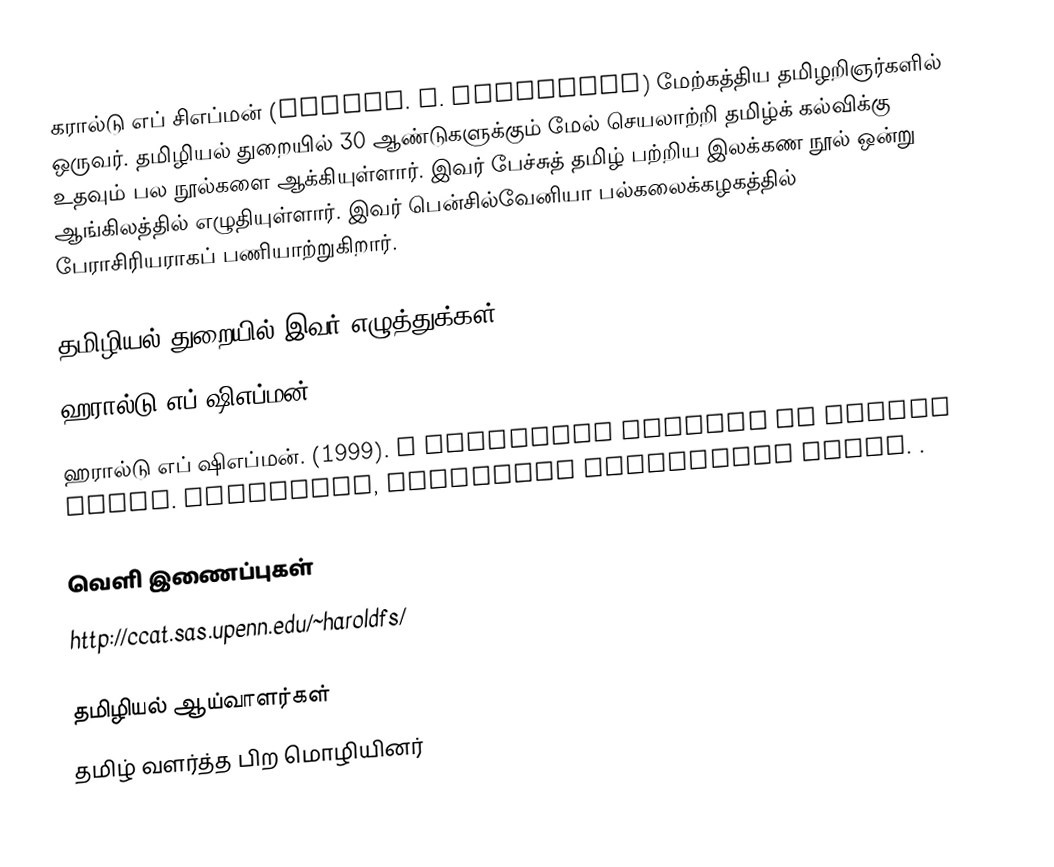
கரால்டு எப் சிஎப்மன் (Harold. F. Schiffman)  மேற்கத்திய தமிழறிஞர்களில் ஒருவர்.  தமிழியல் துறையில் 30 ஆண்டுகளுக்கும் மேல் செயலாற்றி தமிழ்க் கல்விக்கு உதவும் பல நூல்களை ஆக்கியுள்ளார். இவர் பேச்சுத் தமிழ் பற்றிய இலக்கண நூல் ஒன்று ஆங்கிலத்தில் எழுதியுள்ளார். இவர் பென்சில்வேனியா பல்கலைக்கழகத்தில் பேராசிரியராகப் பணியாற்றுகிறார்.

தமிழியல் துறையில் இவர் எழுத்துக்கள்
 ஹரால்டு எப் ஷிஎப்மன். (1998). "Standardization or restandardization: The case for 'Standard' Spoken Tamil".  Language in Society 27, 359–385.
 ஹரால்டு எப் ஷிஎப்மன். (1999). A Reference Grammar of Spoken Tamil.  Cambridge, Cambridge University Press.  .

வெளி இணைப்புகள்
 http://ccat.sas.upenn.edu/~haroldfs/

தமிழியல் ஆய்வாளர்கள்
தமிழ் வளர்த்த பிற மொழியினர்